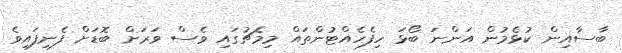
ބާސާއިން ކުޅެމުން އަންނަ ބޯޅަ ހިފެހެއްޓުންތައް މިމެޗުގައި ވެސް ވަރަށް ބޮޑަށް ފެނިފައިވެ